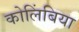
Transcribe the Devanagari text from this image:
कोलिंबिया